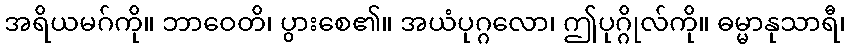
အရိယမဂ်ကို။ ဘာဝေတိ၊ ပွားစေ၏။ အယံပုဂ္ဂလော၊ ဤပုဂ္ဂိုလ်ကို။ ဓမ္မာနုသာရီ၊